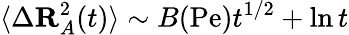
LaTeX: \langle\Delta\mathbf{R}_{A}^{2}(t)\rangle\sim B(\mathrm{Pe})t^{1/2}+\ln t